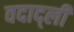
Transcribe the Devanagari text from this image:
वदाद्ली